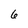
Character: 6